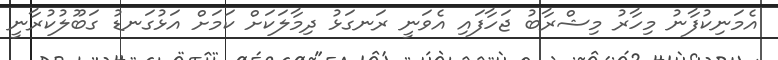
އެމަނިކުފާނު މިހާރު މިޝްރާބު ޖަހާފައި އެވަނީ ރަނގަޅު ދިމާލަކަށް ކަމަށް އަޅުގަނޑު ގަބޫލުކުރާނީ